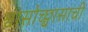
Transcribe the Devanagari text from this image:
श्वासोच्छ्वासाची